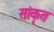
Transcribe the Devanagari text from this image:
सांकृत